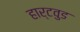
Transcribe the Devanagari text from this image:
हार्टवुड